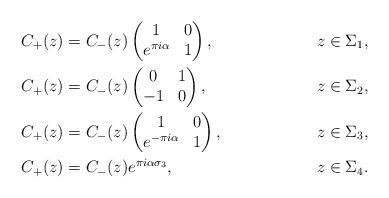
LaTeX: \begin{align*}&C_+(z)=C_-(z)\begin{pmatrix}1&0\\e^{\pi i \alpha}&1\end{pmatrix}, &z\in\Sigma_1,\\&C_+(z)=C_-(z)\begin{pmatrix}0&1\\-1&0\end{pmatrix}, &z\in \Sigma_2,\\&C_+(z)=C_-(z)\begin{pmatrix}1&0\\e^{-\pi i \alpha}&1\end{pmatrix}, &z\in\Sigma_3,\\&C_+(z)=C_-(z) e^{\pi i \alpha \sigma_3}, &z\in\Sigma_4.\end{align*}